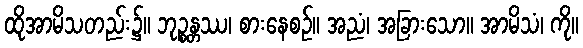
ထိုအာမိသတည်း၌။ ဘုဉ္စန္တဿ၊ စားနေစဉ်။ အညံ၊ အခြားသော။ အာမိသံ၊ ကို။